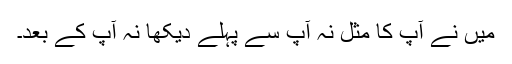
میں نے آپ کا مثل نہ آپ سے پہلے دیکھا نہ آپ کے بعد۔